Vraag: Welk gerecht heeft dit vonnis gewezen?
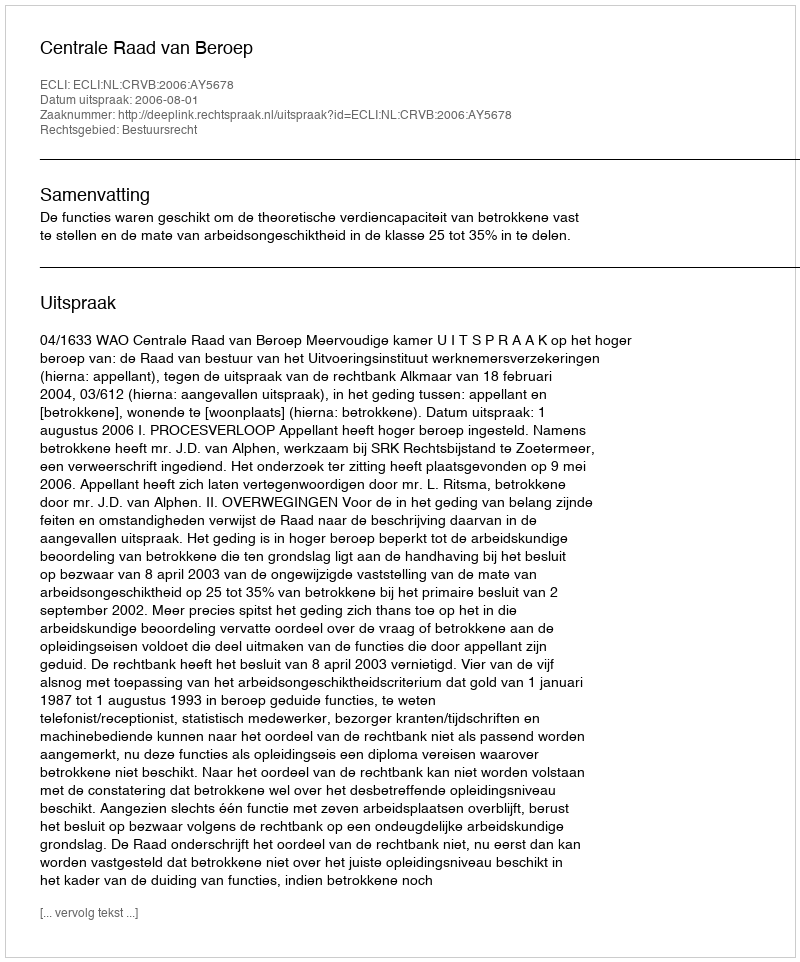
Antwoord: Centrale Raad van Beroep